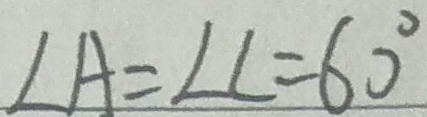
\angle A = \angle C = 6 0 ^ { \circ }